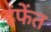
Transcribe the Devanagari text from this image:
इंफेंत